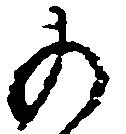
の